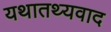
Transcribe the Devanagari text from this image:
यथातथ्यवाद